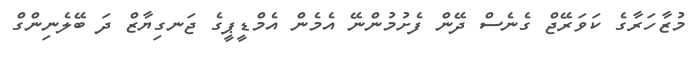
މުޒާހަރާގެ ކަވަރޭޖް ގެނެސް ދޭން ފެށުމުންނޭ އެމެން އެމްޑީޕީގެ ޖަނގިޔާޒް ދަ ބޭލެނިންގް